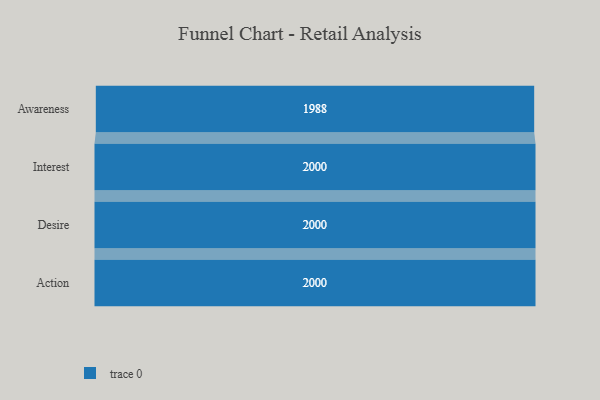
{"axis": {"x": "Stage", "y": "Value"}, "legend": [""], "data": [{"x": "Awareness", "y": 1988.0, "type": ""}, {"x": "Interest", "y": 2000, "type": ""}, {"x": "Desire", "y": 2000, "type": ""}, {"x": "Action", "y": 2000, "type": ""}]}